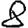
Digit: 8